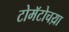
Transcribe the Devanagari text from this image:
टोमॅटोचय़ा